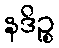
နဒိဉ္စ